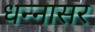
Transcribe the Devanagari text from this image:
धन्नासर